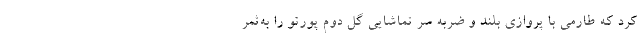
کرد که طارمی با پروازی بلند و ضربه سر تماشایی گل دوم پورتو را به‌ثمر